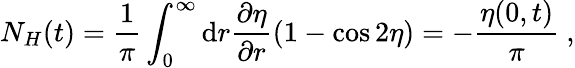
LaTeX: N_{H}(t)=\frac{1}{\pi}\int_{0}^{\infty}\mathrm{d}r\frac{\partial\eta}{\partial r}\left(1-\cos 2\eta\right)=-\frac{\eta(0,t)}{\pi}\ ,